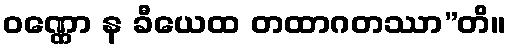
ဝဏ္ဏော န ခီယေထ တထာဂတဿာ”တိ။